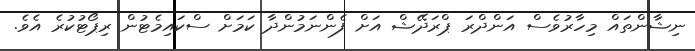
ނިޝާންތައް މިހާރުވެސް އަންދްރަ ޕްރަދޭޝް އަށް ފެންނަމުންދާ ކަމަށް ސްކައިމެޓުން ރިޕޯޓުކުރެ އެވެ.